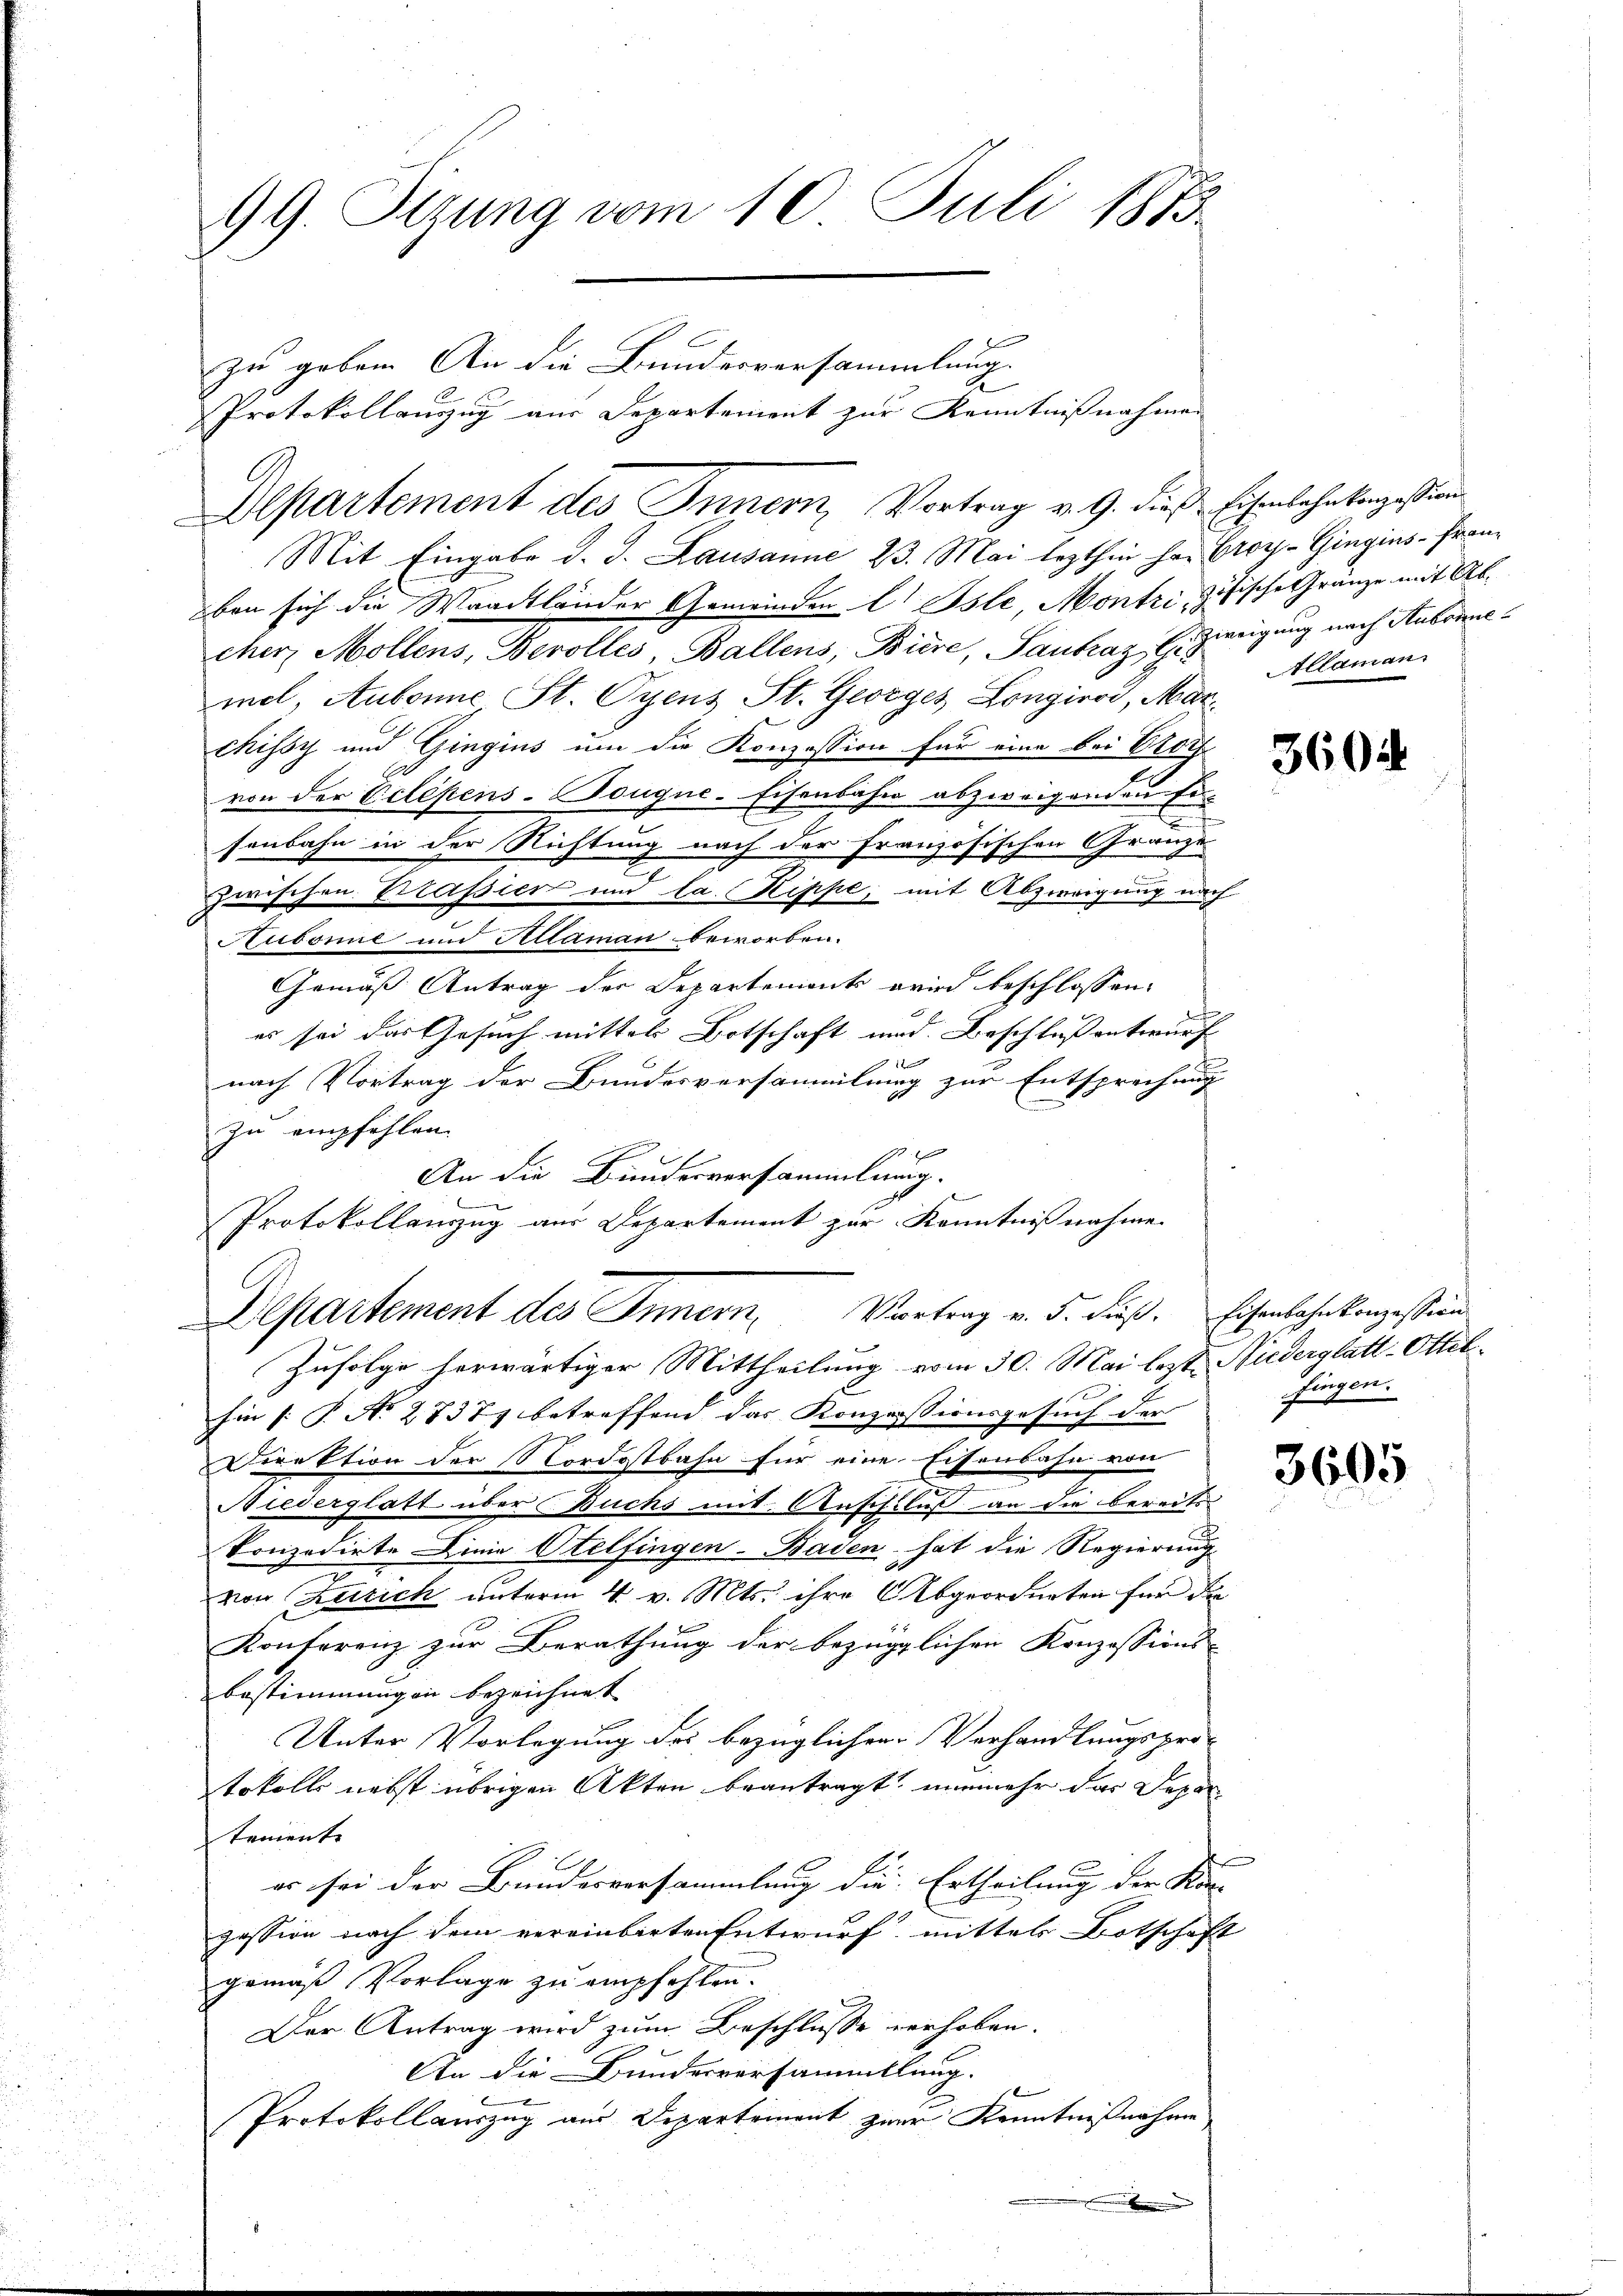
99. Sitzung vom 10. Juli 1873.

Protokollauszug aus Departement zur Kenntnißnahmen
Mit Eingabe d. J. Lausanne 23. Mai lezthin her Croy-Gingins-Franben sich die Waadtländer Gemeinden l Osle, Montri, zösische Gränze mit Abcher Mollens, Berolles, Ballens, Biere, Santraz E. Zweigung nach Aubonnemel, Aubonne St. Oyens St. Georges Longirod, Marchissy und Gingins um die Konzession für eine bei Vorf
von der Eclépens-Dougue-Eisenbahn abzweigenden En-
senbahn in der Richtung nach der Französischen Gränze
zwischen Brassier und la. Rippe, mit Abzweigung nach
Aubonne und Altaman beworben.
Gemäß Antrag der Departement wird beschlossen:
es sei das Gesuch mittels Botschaft und Beschluß entwurf
1
nach Vortrag der Bundesversammlung zur Entsprechung
zu empfehlen.
 6
t
An die Bunderversammlung.

Protokollenzzug aus Departement zur Kenntnißnahme.

zu geben. An die Bundesversammlung

Departement des Innern, Vortrag v. 9. dies Eisenbahnkonzession

Departement des Innern, Vortrag v. 5. dieß. Eisenbahnkonzession
Zufolge herwärtiger Mittheilung vom 30. Mai legt. Niederglatt-Ottil¬

Allaman

hin [ P. No 2737) betreffend das Konzessionsgesuch der |
Direktion der Nordostbahn für eine Eisenbahn von
Niederglatt über Buchs mit Anschluss an die bereits-
konzedirte Linie Otelfingen- Baden hat die Regierung
von Zürich unterm 4. v. Mts. ihre Abgeordneten für die
Konferenz zur Berathung der bezüglichen Konzessions-
bestimmungen bezeichnet
Unter Vorlegung des bezüglichen Verhandlungspro-
tokolls nebst übrigen Akten beantragt, nunmehr das Departemente
er sei der Bundesversammlung die Ertheilung der Kon- |
pession nach dem vereinbarten Entwurf mittels Botschaft
gemäß Vorlage zu empfohlen.
Der Antrag wird zum Beschlusse verhoben.
An die Bundesversammlung.
Protokollauszug aus Departement zur Kenntnißnahme

3604

fingen.

3605